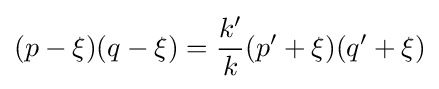
(p-\xi )(q-\xi )={\frac {k'}{k}}(p'+\xi )(q'+\xi )